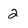
Character: 2